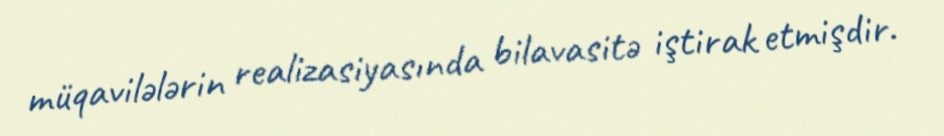
müqavilələrin realizasiyasında bilavasitə iştirak etmişdir.